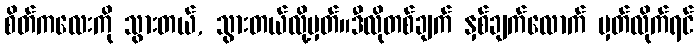
စိတ်ကလေးကို သွားတယ်, သွားတယ်လို့မှတ်။ဒီလိုတစ်ချက် နှစ်ချက်လောက် မှတ်လိုက်ရင်